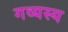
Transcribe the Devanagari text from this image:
गव्यस्य